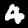
Digit: 4